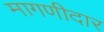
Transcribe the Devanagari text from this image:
मागणीदार